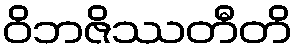
ဝိဘဇိဿတီတိ